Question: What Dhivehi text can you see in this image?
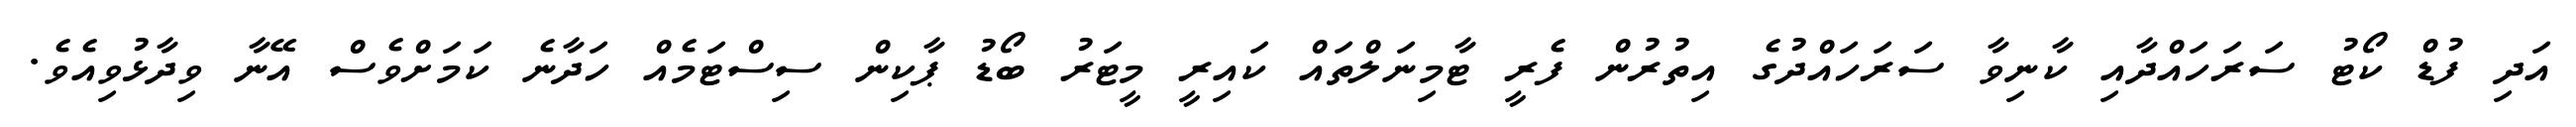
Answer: އަދި ފުޑް ކޯޓު ސަރަހައްދާއި ކާނިވާ ސަރަހައްދުގެ އިތުރުން ފެރީ ޓާމިނަލްތައް ކައިރީ މީޓަރު ބޯޑު ޕާކިން ސިސްޓަމެއް ހަދާނެ ކަމަށްވެސް އޭނާ ވިދާޅުވިއެވެ.